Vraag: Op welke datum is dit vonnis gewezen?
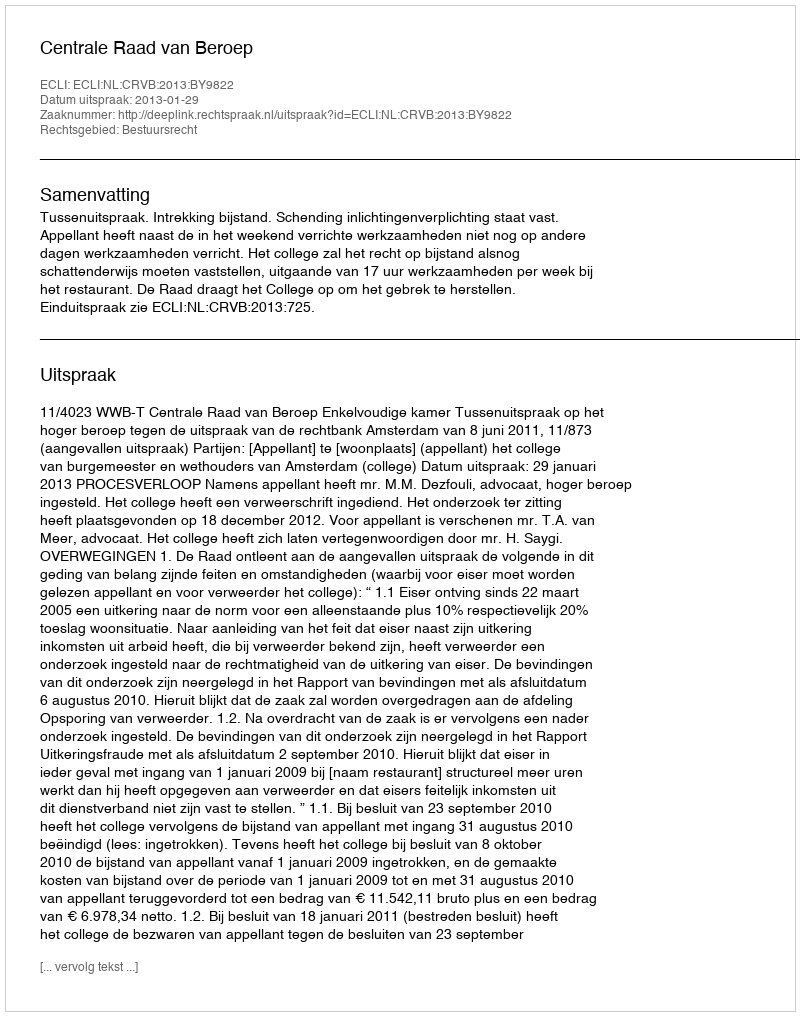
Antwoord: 2013-01-29